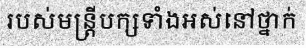
របស់មន្ត្រីបក្សទាំងអស់នៅថ្នាក់